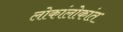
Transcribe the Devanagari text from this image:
लोकांलोकांत